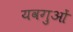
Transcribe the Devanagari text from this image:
यवगुओं